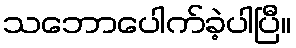
သဘောပေါက်ခဲ့ပါပြီ။